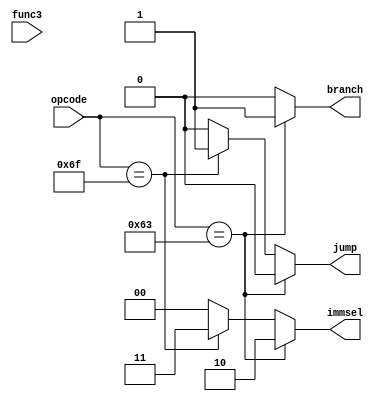
`timescale 1ns / 1ps
//////////////////////////////////////////////////////////////////////////////////
// Company: 
// Engineer: 
// 
// Design Name: 
// Module Name: branch_control
// Project Name: 
// Target Devices: 
// Tool Versions: 
// Description: 
// 
// Dependencies: 
// 
// Revision:
// Revision 0.01 - File Created
// Additional Comments:
// 
//////////////////////////////////////////////////////////////////////////////////


module branch_control(
input [6:0]opcode,
input [2:0] func3,
output reg[1:0]immsel,
output reg branch,
output reg jump
    );
  always @(*)
   begin
   if (opcode==7'b1100011) //branch
    begin
      branch=1;
      immsel=2'b10;
      jump=0;
     end 
     else if(opcode==7'b1101111)// jump
        begin
        immsel=2'b11;
        jump=1;
        branch=0;
        end
      else
       begin
      branch=0;
      immsel=0;
      jump=0;
      end
      
    end
      
    
    
endmodule